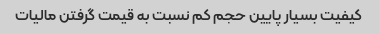
کیفیت بسیار پایین حجم کم نسبت به قیمت گرفتن مالیات